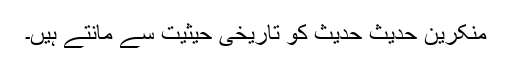
منکرینِ حدیث حدیث کو تاریخی حیثیت سے مانتے ہیں۔